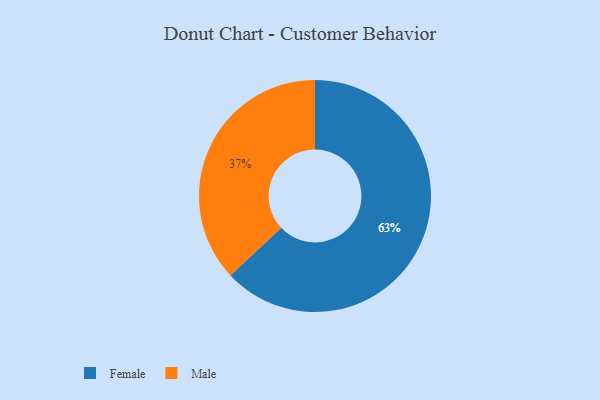
{"axis": {"x": "Category", "y": "Percentage"}, "legend": ["Female", "Male"], "data": [{"x": "Male", "y": 37, "type": "Male"}, {"x": "Female", "y": 63, "type": "Female"}]}